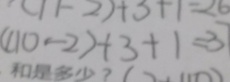
( 1 1 0 - 2 ) + 3 + 1 = 3 7